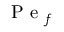
\mathrm { ~ P ~ e ~ } _ { f }